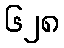
၆၂၈